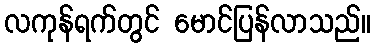
လကုန်ရက်တွင် မောင်ပြန်လာသည်။